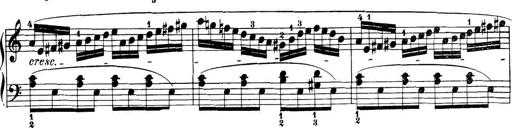
Title: 32 Sonatinas and Rondos for the Piano
Composer: Richard Kleinmichel